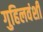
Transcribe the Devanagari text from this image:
गुहिलवंशी